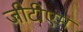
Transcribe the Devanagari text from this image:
जीटीएम